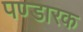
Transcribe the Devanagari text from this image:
पण्डारक